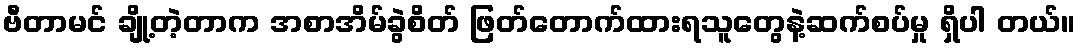
ဗီတာမင် ချို့တဲ့တာက အစာအိမ်ခွဲစိတ် ဖြတ်တောက်ထားရသူတွေနဲ့ဆက်စပ်မှု ရှိပါ တယ်။